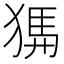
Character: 𤟨